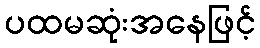
ပထမဆုံးအနေဖြင့်